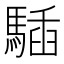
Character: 䮢